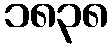
၁၈၃၈